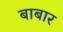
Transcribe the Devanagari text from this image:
बाबार